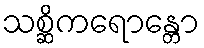
သစ္ဆိကရောန္တော